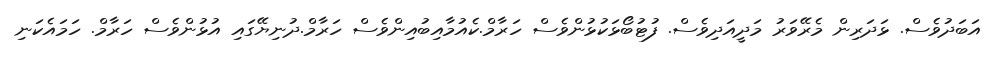
އަބަދުވެސް. ޅަދަރިން މެރޭވަރު މަދީއަދިވެސް. ފުޓުބޯޅަކުޅުންވެސް ހަރާމް.ކެއުމާއިބުއިންވެސް ހަރާމް.ދުނިޔޭގައި އުޅުންވެސް ހަރާމް. ހަމައެކަނި